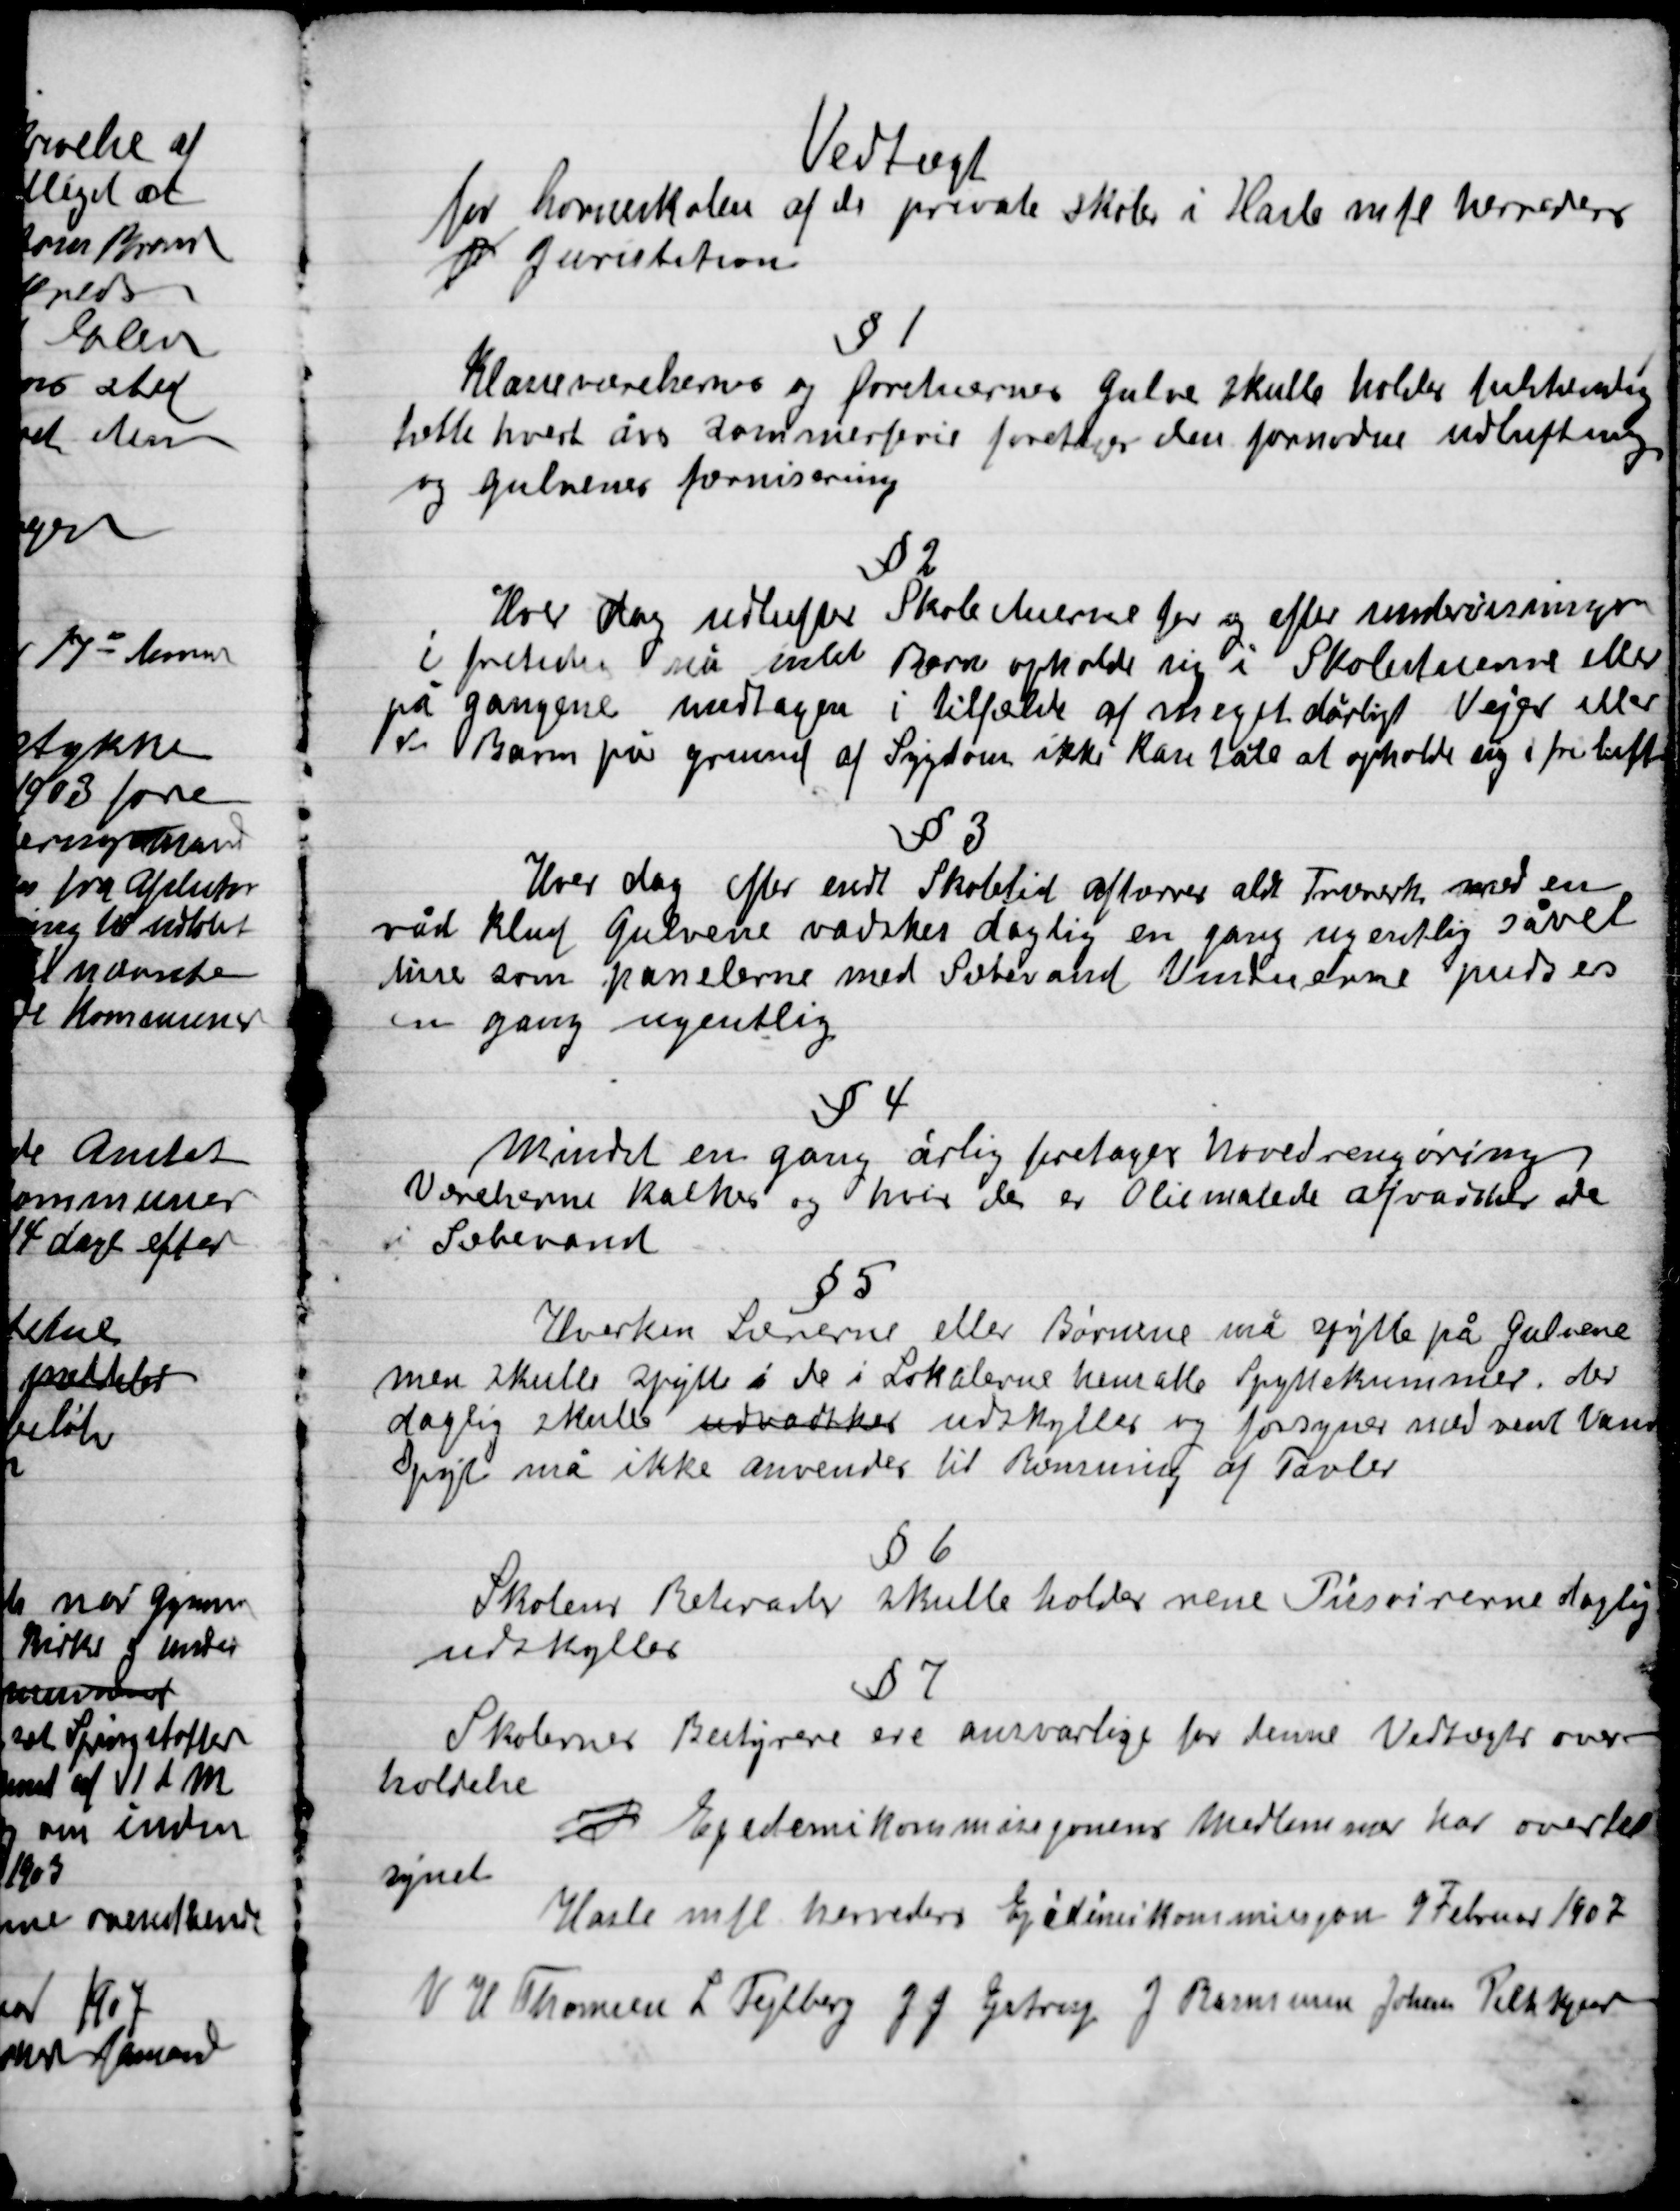
Transskription:
Vedtægt
for  af de private skoler i Hasle mfl. Herreders
J Juriesdiktion

§ 1
Klasseværelserne og forstuernes gulve skal holdes
hette hvert års Sommerferie foretages den fornødne udluftning
og gulvenes fernisering

§ 2
Hver dag udluftes Skolestuerne før og efter undervisningen
I fritiden må intet Barn opholde sig i Skolestuerne eller
på gangene undtaget i tilfælde af meget dårligt Vejr eller
v/ Barn på grund af Sygdom ikke kan tåle at opholde sig i fri luft

§3.
Hver dag efter endt Skoletid aftøres alt Træværk med en
våd klud gulvene vaskes daglig en gang ugentlig Såvel
disse som panelerne med Sæbevand Vinduerne pudses
en gang ugentlig

§ 4
Mindst en gang årlig foretages hovedrengøring
Værelserne kalkes og hvis de er Oliemalede afvaskes de
I Sæbevand.

§ 5
Hverken Lærerne eller Børnene må spytte på Gulvene
men skulle Spytte i de Lokalerne hemalle Spyttekummer. Der
daglig skulle udvaskes udskyldes og forsynes med rent Vand
Spyt må ikke anvendes til Rensning af Tavler

§6.
Skolerne Badevask skulle holdes rene Pissoirerne daglig
udskylles

§ 7
Skolernes Bestyrere ere ansvarlige for denne Vedtægts over-
holdelse
J Epedemikommissjonens medlemmer har overtil-
synet
Hasle mfl. Herreders Epedemikommissjon 9 Februar 1907
V. H. Thomsen, L. Tejlberg, J. J. Gistrup  J. Rasmussen Johannes Pihlkjær